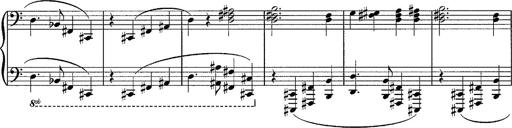
Title: R.W. - Venezia
Composer: Franz Liszt